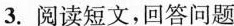
3.阅读短文，回答问题